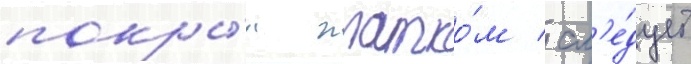
покры́л платко́м / сл'е́дует